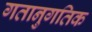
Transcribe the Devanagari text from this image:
गतानुगतिक